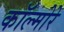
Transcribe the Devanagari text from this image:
कॉल्मोरे